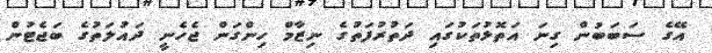
އޭގެ ސަބަބުން ގިނަ އަތޮޅުތަކުގައި ދަތުރުފަތުގެ ނިޒާމް ހިންގަން ޖެހެނީ ދައުލަތުގެ ބަޖެޓުން